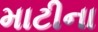
માટીના